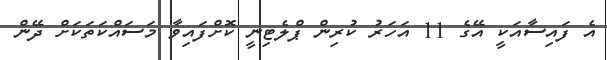
އެ ފައިސާއަކީ އޭގެ 11 އަހަރު ކުރިން ޕްލެޓިނީ ކޮށްފައިވާ މަސައްކަތަކަށް ދޭން